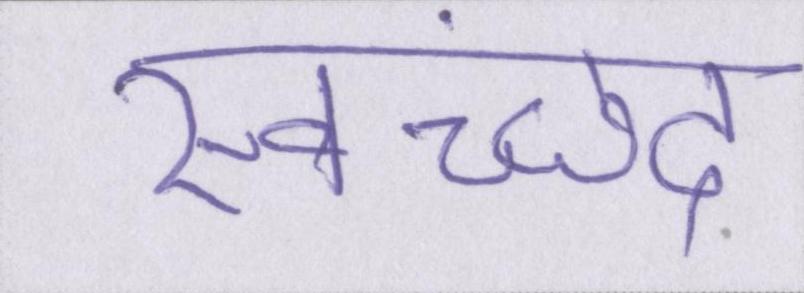
स्वच्छंद